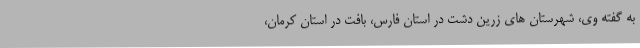
به گفته وی، شهرستان های زرین دشت در استان فارس، بافت در استان کرمان،